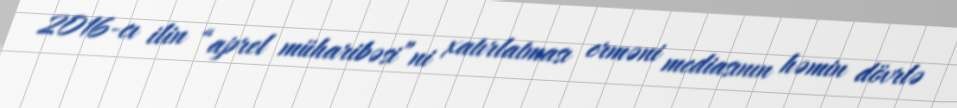
2016-cı ilin “aprel müharibəsi”ni xatırlatması erməni mediasının həmin dövrlə